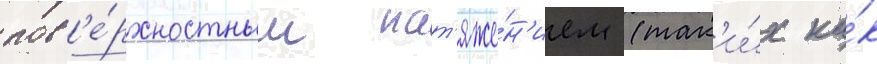
пов'е́рхностным нат'яже́н'ием (так'и́х ка́к